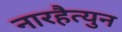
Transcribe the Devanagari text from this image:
नारहैत्युन